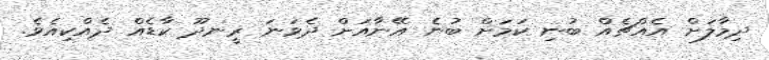
ދިމާލަށް އެއްޗެއް ބުނި ކަމަށް ބުނެ އޭނާއަށް ދެވަނަ ރީނދޫ ކާޑެއް ދެއްކިއެވެ.